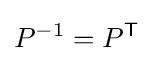
P^{-1}=P^{\mathsf {T}}